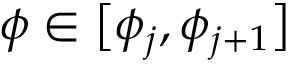
\displaystyle \phi \in \bigl [ \phi _ { j } , \phi _ { j + 1 } \bigr ]